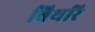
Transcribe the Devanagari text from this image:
बिथरि